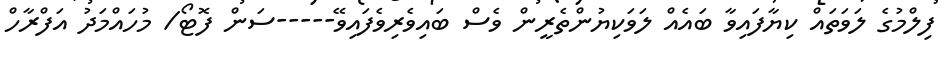
ފިލްމުގެ ލަވަތައް ކިޔާފައިވާ ބައެއް ލަވަކިޔުންތެރީން ވެސް ބައިވެރިވެފައިވޭ-----ސަން ފޮޓޯ/ މުހައްމަދު އަފްރާހް